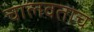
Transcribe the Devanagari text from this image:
चालवताच